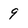
Character: 9